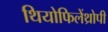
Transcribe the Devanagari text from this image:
थियोफिलेंथ्रोपी